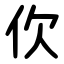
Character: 㐸